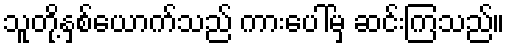
သူတို့နှစ်ယောက်သည် ကားပေါ်မှ ဆင်းကြသည်။